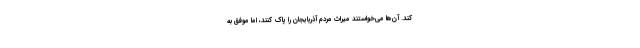
کند. آن‌ها می‌خواستند میراث مردم آذربایجان را پاک کنند، اما موفق به